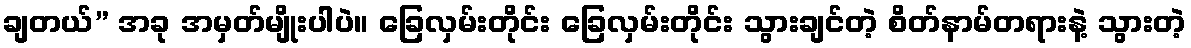
ချတယ်” အခု အမှတ်မျိုးပါပဲ။ ခြေလှမ်းတိုင်း ခြေလှမ်းတိုင်း သွားချင်တဲ့ စိတ်နာမ်တရားနဲ့ သွားတဲ့